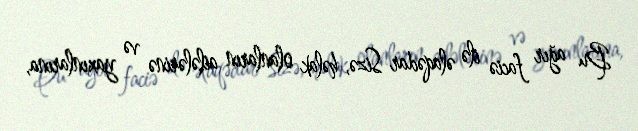
Bu ağır faciə ilə əlaqədar Sizə, həlak olanların ailələrinə və yaxınlarına,